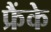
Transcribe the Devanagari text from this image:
फ्रैंके